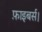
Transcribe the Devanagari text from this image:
फ़ाइबर्स।